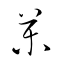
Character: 藥